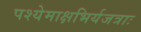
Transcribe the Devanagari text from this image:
पश्येमाक्षभिर्यजत्राः